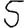
Digit: 5